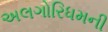
અલગોરિધમની